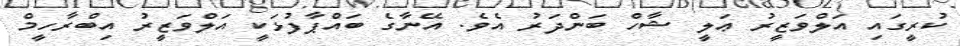
ކުރީގައި އަލްވަޒީރު ޢަލީ ޝާހް ބަންދަރު އެވެ. އޭނާގެ ބައްޕާފުޅަކީ އަލްވަޒީރު އިބްރާހީމް